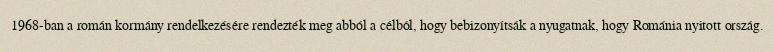
1968-ban a román kormány rendelkezésére rendezték meg abból a célból, hogy bebizonyítsák a nyugatnak, hogy Románia nyitott ország.